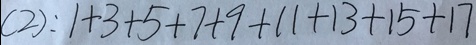
( 2 ) : 1 + 3 + 5 + 7 + 9 + 1 1 + 1 3 + 1 5 + 1 7